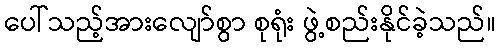
ပေါ်သည့်အားလျော်စွာ စုရုံး ဖွဲ့စည်းနိုင်ခဲ့သည်။